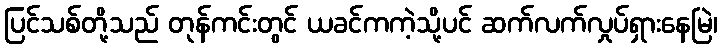
ပြင်သစ်တို့သည် တုန်ကင်းတွင် ယခင်ကကဲ့သို့ပင် ဆက်လက်လှုပ်ရှားနေမြဲ၊